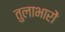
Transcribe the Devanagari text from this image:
तुलाभारों